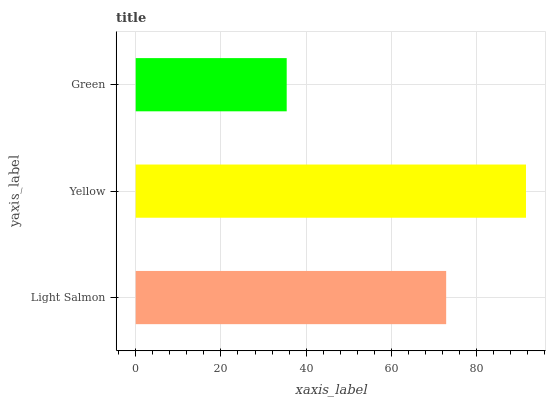
| yaxis_label | bars |
 | --- | --- |
 | Light Salmon | 72.9 |
 | Yellow | 91.6 |
 | Green | 35.4 |